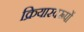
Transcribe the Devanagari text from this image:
क्रियास्वरूपों